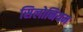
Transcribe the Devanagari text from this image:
सिलोनियम